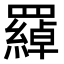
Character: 羄